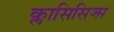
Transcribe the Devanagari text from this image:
क्लासिसिज्म़